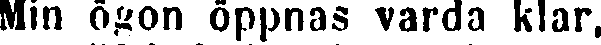
Min ögon öppnas varda klar,